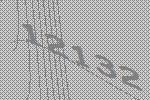
12132